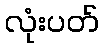
လုံးပတ်